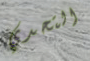
التحدي